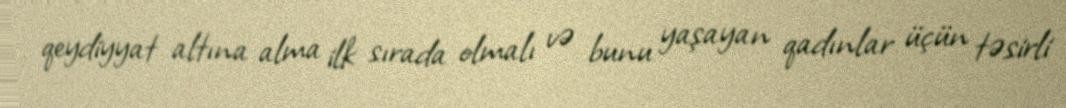
qeydiyyat altına alma ilk sırada olmalı və bunu yaşayan qadınlar üçün təsirli